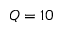
Q = 1 0